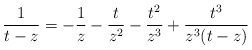
\begin{align*}\frac{1}{t-z}=-\frac{1}{z}-\frac{t}{z^2}-\frac{t^2}{z^3}+\frac{t^3}{z^3(t-z)}\end{align*}